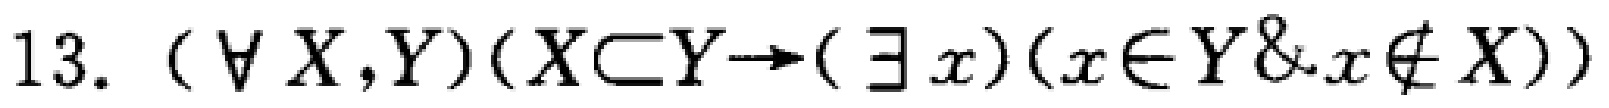
13. $(\forall X,Y)(X\subset Y\rightarrow(\exists x)(x\in Y\&x\notin X))$